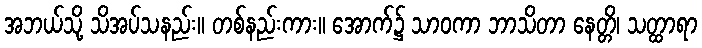
အဘယ်သို့ သိအပ်သနည်း။ တစ်နည်းကား။ အောက်၌ သာဝကာ ဘာသိတာ နေတ္တိ၊ သတ္ထာရာ